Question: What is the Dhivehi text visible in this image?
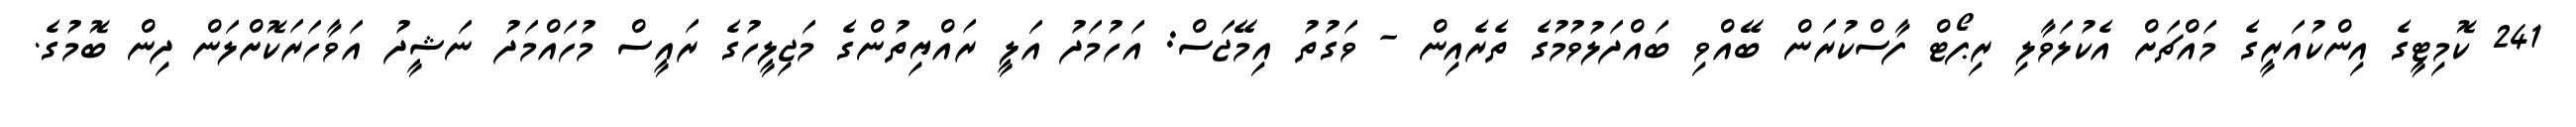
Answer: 241 ކޮމިޓީގެ އިންކުއަރީގެ މައްޗަށް އެކުލަވާލި ރިޕޯޓް ފާސްކުރަން ބޭއްވި ބައްދަލުވުމުގެ ތެރެއިން - ވަގުތު އިމޭޖަސް: އަހުމަދު އަލީ ރައްޔިތުންގެ މަޖިލީހުގެ ރައީސް މުހައްމަދު ނަޝީދު އަވާހަރަކޮށްލަން ދިން ބޮމުގެ.